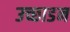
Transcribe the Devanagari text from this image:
उच्छाडन